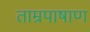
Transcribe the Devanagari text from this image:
ताम्रपाषाण